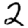
Digit: 2